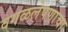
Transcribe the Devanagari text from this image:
वगळलेपणाचा